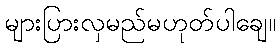
များပြားလှမည်မဟုတ်ပါချေ။